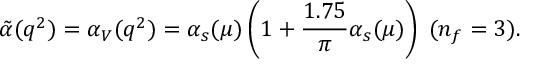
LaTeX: \tilde { \alpha } ( q ^ { 2 } ) = \alpha _ { V } ( q ^ { 2 } ) = \alpha _ { s } ( \mu ) \left( 1 + \frac { 1 . 7 5 } { \pi } \alpha _ { s } ( \mu ) \right) \; ( n _ { f } = 3 ) .